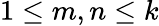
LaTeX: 1\leq m,n\leq k